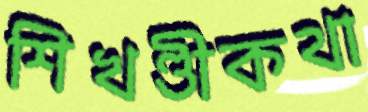
শিখণ্ডীকথা